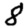
Digit: 8